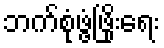
ဘက်စုံဖွံ့ဖြိုးရေး